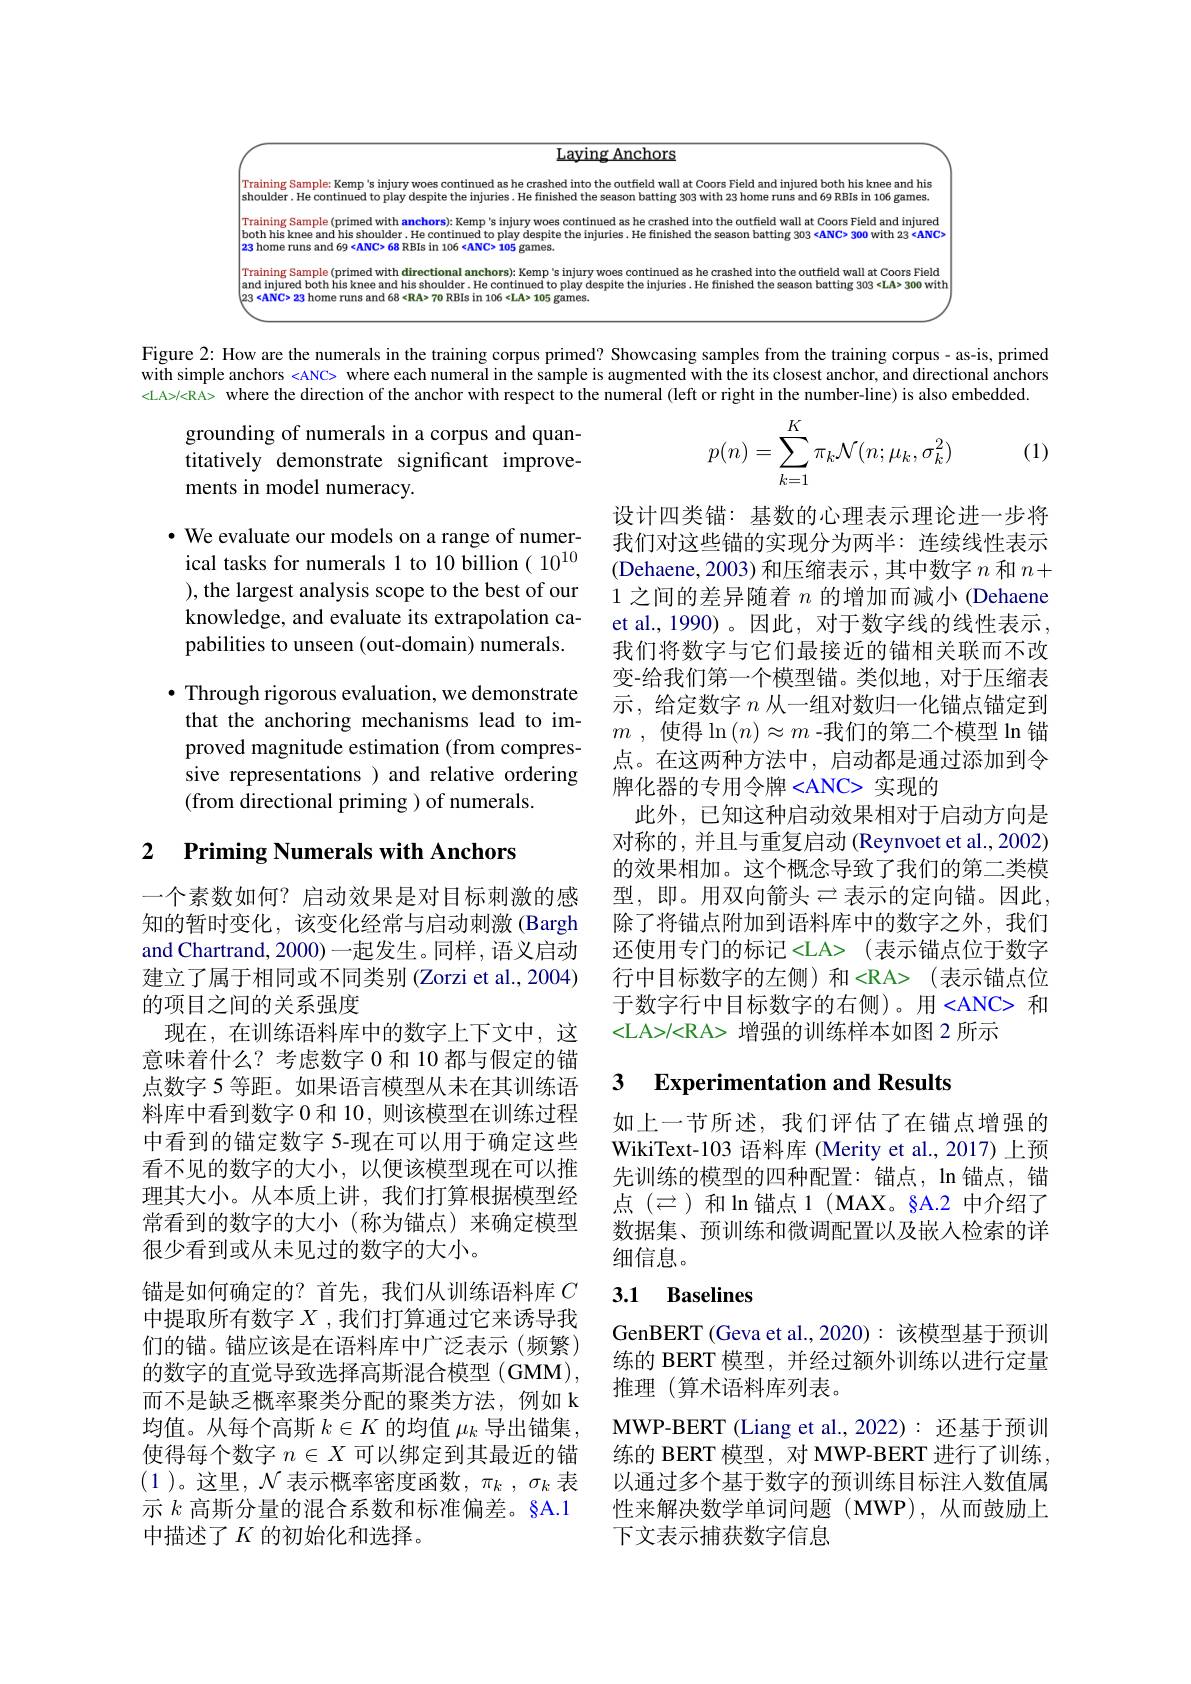
$\textbf{Laying Anchors}$

Training Sample: Kemp's injury woes continued as he crashed into the crashed into the outfield wall at Coors Field and injured both his knee and his knee and hining. He continued the season batting 303 with 23 home runs and 69 RBIs in 106 games. Training Sample (primed with anchors): Kemp's injury woes continued as he crashed into the outfield wall at Coors Field and injured (in) |both his knee and his shoulder. He continued to play despite the injuries. He finished the season batting 303 <ANC> 300 with 23 <ANC>
home runs and 69<ANC> 68 RBIs in 106 <ANC> 105 games.
Training Sample (primed with direction
$23<\mathbf{ANC>23~home~runs~and~68<RA>~70~RBIs~in~106~<LA>~105~games}$

Figure 2: How are the numerals in the training corpus primed? Showcasing samples from the training corpus - as-is, primed with simple anchors <ANC> where each numeral in the sample is augmented with the its closest anchor, and directional anchors <LA>/<RA> where the direction of the anchor with respect to the numeral (left or right in the number-line) is also embedded.
$$\begin{aligned}&\text{grounding of numerals in a corpus and quan-}\\&\text{titatively demonstrate significant improve-}\\&\text{ments in model numeracy.}\end{aligned}$$
(1)

$•$ We evaluate our models on a range of numerical tasks for numerals 1 to 10 billion( $10^{10}$ ), the largest analysis scope to the best of our knowledge, and evaluate its extrapolat pabilities to unseen (out-domain) nume

$\bullet$ Through rigorous evaluation, we demonstrate that the anchoring mechanisms lead to improved magnitude estimation (from compressive representations ) and relative ordering (from directional priming ) of numerals.

设计四类锚：基数的心理表示理论进一步将我们对这些锚的实现分为两半：连续线性表示(Dehaene, 2003) 和压缩表示，其中数字$n$和1 之间的差异随着$n$的增加而减小 (Dehaene et al., 1990)。因此，对于数字线的线性表示， 我们将数字与它们最接近的锚相关联而不改变-给我们第一个模型锚。类似地，对于压缩表示，给定数字$n$从一组对数归一化锚点锚定到$m$ , 使 得 $\ln \left ( n\right ) \approx m$ -我们的第二个模型 $\ln$锚点。在这两种方法中，启动都是通过添加到令牌化器的专用令牌<ANC> 实现的
此外，已知这种启动效果相对于启动方向是对称的，并且与重复启动 (Reynvoet et al., 2002) 的效果相加。这个概念导致了我们的第二类模型，即。用双向箭头$\rightleftarrows$表示的定向锚。因此， 除了将锚点附加到语料库中的数字之外，我们还使用专门的标记<LA>(表示锚点位于数字行中目标数字的左侧)和<RA>(表示锚点位于数字行中目标数字的右侧)。用<ANC> 和<LA>/<RA> 增强的训练样本如图 2 所示

# 2 Priming Numerals with Anchors

## 3 Experimentation and Results

如上一节所述，我们评估了在锚点增强的WikiText-103 语料库 (Merity et al., 2017) 上预先训练的模型的四种配置：锚点，$\ln 锚点，锚$ 点 $(\rightleftarrows)$ 和$\ln$锚点 1 (MAX。§A.2 中介绍了数据集、预训练和微调配置以及嵌入检索的详细信息。

一个素数如何？启动效果是对目标刺激的感知的暂时变化，该变化经常与启动刺激(Bargh and Chartrand, 2000) 一起发生。同样 , 语义启动建立了属于相同或不同类别 (Zorzi et al., 2004) 的项目之间的关系强度
现在，在训练语料库中的数字上下文中，这意味着什么？考虑数字 0 和 10 都与假定的锚点数字 5 等距。如果语言模型从未在其训练语料库中看到数字 0 和 10, 则该模型在训练过程中看到的锚定数字 5-现在可以用于确定这些看不见的数字的大小，以便该模型现在可以推理其大小。从本质上讲，我们打算根据模型经常看到的数字的大小(称为锚点)来确定模型很少看到或从未见过的数字的大小。
锚是如何确定的？首先，我们从训练语料库$C$ 中提取所有数字$X$ ,我们打算通过它来诱导我们的锚。锚应该是在语料库中广泛表示(频繁) 的数字的直觉导致选择高斯混合模型 (GMM), 而不是缺乏概率聚类分配的聚类方法，例如 k 均值。从每个高斯$k\in K$的均值$\mu_k$导出锚集， 使得每个数字$n\in X$可以绑定到其最近的锚(1 )。这里，$\mathcal{N}$表示概率密度函数，$\pi_k,\sigma_k$表示$k$高斯分量的混合系数和标准偏差。§A.1中描述了$K$的初始化和选择。

# 3.1 Baselines

GenBERT (Geva et al.,2020): 该模型基于预训练的 BERT 模型，并经过额外训练以进行定量推理(算术语料库列表。
MWP-BERT (Liang et al.,2022): 还基于预训练的 BERT 模型，对 MWP-BERT 进行了训练， 以通过多个基于数字的预训练目标注人数值属性来解决数学单词问题(MWP),从而鼓励上下文表示捕获数字信息